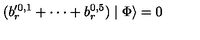
( b _ { r } ^ { \prime 0 , 1 } + \cdot \cdot \cdot + b _ { r } ^ { 0 , 5 } ) \mid \Phi \rangle = 0